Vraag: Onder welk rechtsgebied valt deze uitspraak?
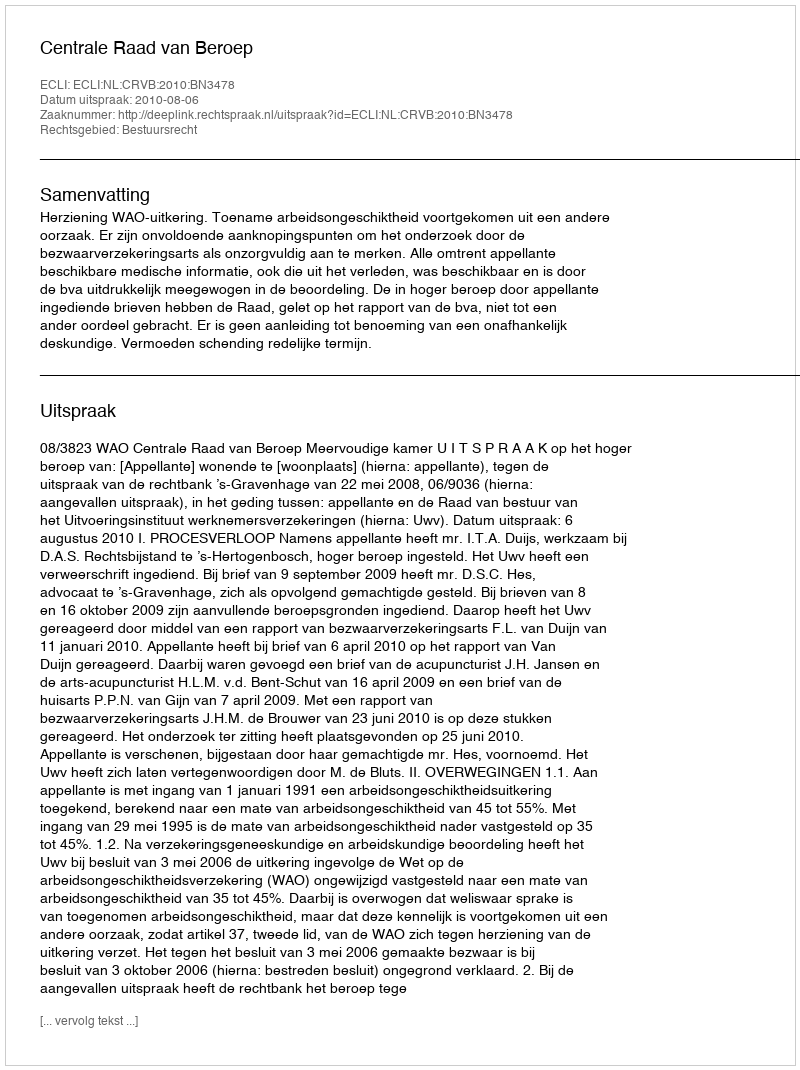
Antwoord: Bestuursrecht